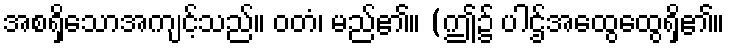
အစရှိသောအကျင့်သည်။ ဝတံ၊ မည်၏။ (ဤ၌ ပါဌ်အထွေထွေရှိ၏။